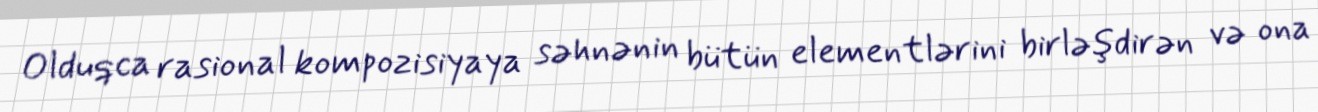
Olduqca rasional kompozisiyaya səhnənin bütün elementlərini birləşdirən və ona